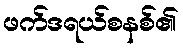
ဖက်ဒရယ်စနစ်၏